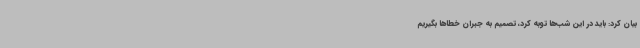
بیان کرد: باید در این شب‌ها توبه کرد، تصمیم به جبران خطاها بگیریم